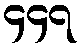
၄၄၇